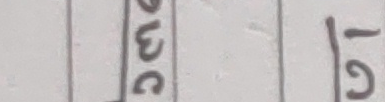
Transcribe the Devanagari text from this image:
०१/२